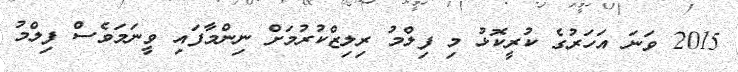
2015 ވަނަ އަހަރުގެ ކުރީކޮޅު މި ފިލްމު ރިލިޒްކުރުމަށް ނިންމާފައި ވީނަމަވެސް ފިލްމު